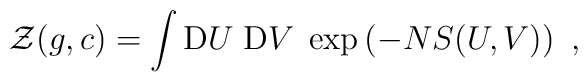
{\cal Z} (g, c)= \int {\rm D} U \; {\rm D} V \;\exp \left(-NS (U,V) \right)\ ,